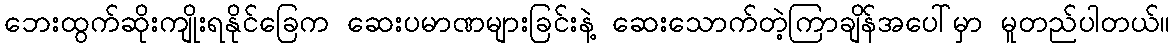
ဘေးထွက်ဆိုးကျိုးရနိုင်ခြေက ဆေးပမာဏများခြင်းနဲ့ ဆေးသောက်တဲ့ကြာချိန်အပေါ်မှာ မူတည်ပါတယ်။